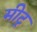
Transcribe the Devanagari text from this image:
मीट्र